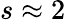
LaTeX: s\approx 2